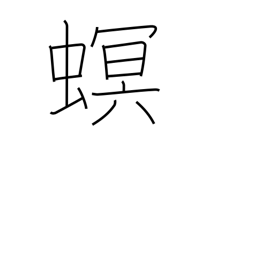
Meaning: injurious parasite